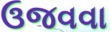
ઉજવવા